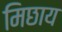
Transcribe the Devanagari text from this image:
मिछाय